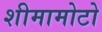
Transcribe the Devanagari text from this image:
शीमामोटो